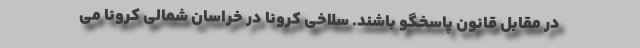
در مقابل قانون پاسخگو باشند. سلاخی کرونا در خراسان شمالی کرونا می